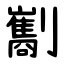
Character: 㔒